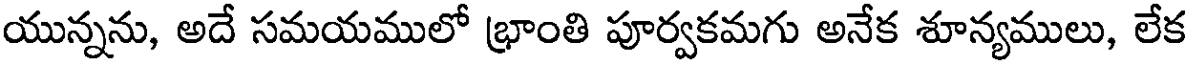
యున్నను, అదే సమయములో భ్రాంతి పూర్వకమగు అనేక శూన్యములు, లేక